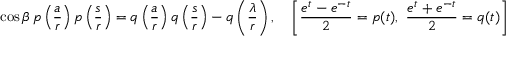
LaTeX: \cos \beta \, p \left( { \frac { a } { r } } \right) p \left( { \frac { s } { r } } \right) = q \left( { \frac { a } { r } } \right) q \left( { \frac { s } { r } } \right) - q \left( { \frac { \lambda } { r } } \right) , \quad \left[ { \frac { e ^ { t } - e ^ { - t } } { 2 } } = p ( t ) , \ { \frac { e ^ { t } + e ^ { - t } } { 2 } } = q ( t ) \right]